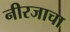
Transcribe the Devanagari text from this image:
नीरजाचा